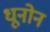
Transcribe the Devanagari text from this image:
धूनोन